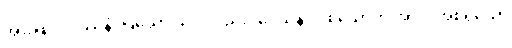
အားဖြင့်။ ဒဿနံ၊ ပြသော သဒ္ဒါတည်း။ ဒေသနာ ဝိစယောတိ အာဒိ၊ အစရှိသော